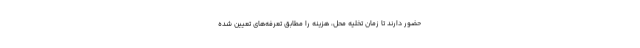
حضور دارند تا زمان تخلیه محل، هزینه را مطابق تعرفه‌های تعیین شده